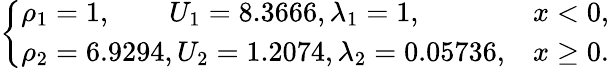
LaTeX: \left\{ \begin{array}{ll}{\rho_{1}=1,\qquad U_{1}=8.3666,\lambda_{1}=1,}&{x<0,}\\ {\rho_{2}=6.9294,U_{2}=1.2074,\lambda_{2}=0.05736,}&{x\geq 0.}\end{array}\right.